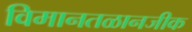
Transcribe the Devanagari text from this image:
विमानतळानजीक